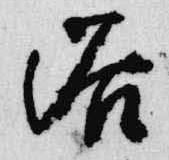
浴